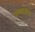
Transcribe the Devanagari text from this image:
अन्यमामले